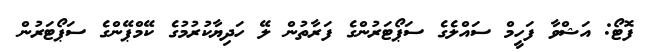
ފޮޓޯ: އަޝްވާ ފަހީމް ސައްލެގެ ސަޕޯޓަރުންގެ ފަރާތުން ލޭ ހަދިޔާކުރުމުގެ ކޭމްޕޭންގެ ސަޕޯޓަރުން